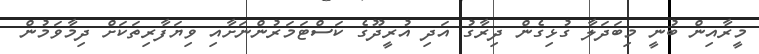
މީރާއިން ބުނީ މިބަދަލާ ގުޅިގެން ދިރާގު އަދި އުރީދޫގެ ކަސްޓަމަރުންނަށާއި ވިޔަފާރިތަކަށް ދިމާވަމުން